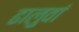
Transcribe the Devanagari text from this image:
ढालुवां